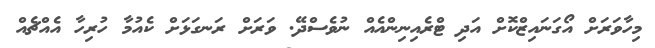
މިހާވަރަށް އޯގަނައިޒްކޮށް އަދި ޓްރެއިނިންއެއް ނުވެސްދޭ. ވަަރަށް ރަނގަޅަށް ކެއުމާ ހުރިހާ އެއްޗެއް